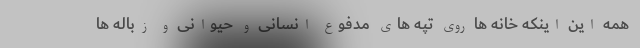
همه این اینکه خانه ها روی تپه های مدفوع انسانی و حیوانی و زباله ها